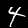
Label: 4